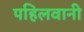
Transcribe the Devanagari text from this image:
पहिलवानी